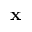
\mathbf { x }